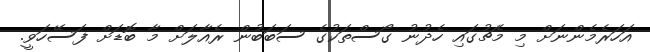
އަހަރެމެންނަށް މި މެޗުގައި ހެދުނު ގޯސްތަކުގެ ސަބަބުން ރެއާލަށް މާ ބޮޑަށް ފަސޭހަވީ.